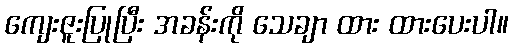
ကျေးဇူးပြုပြီး အခန်းကို သေချာ ထား ထားပေးပါ။